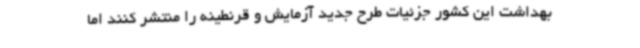
بهداشت این کشور جزئیات طرح جدید آزمایش و قرنطینه را منتشر کنند اما